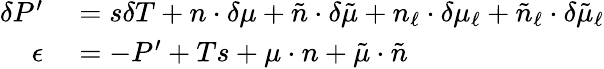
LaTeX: \begin{array}{rl}{\delta P^{\prime}}&{{}=s\delta T+n\cdot\delta\mu+\tilde{n}\cdot\delta\tilde{\mu}+n_{\ell}\cdot\delta\mu_{\ell}+\tilde{n}_{\ell}\cdot\delta\tilde{\mu}_{\ell}}\\ {\epsilon}&{{}=-P^{\prime}+Ts+\mu\cdot n+\tilde{\mu}\cdot\tilde{n}}\end{array}